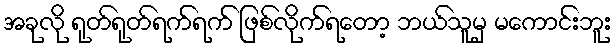
အခုလို ရုတ်ရုတ်ရက်ရက် ဖြစ်လိုက်ရတော့ ဘယ်သူမှ မကောင်းဘူး